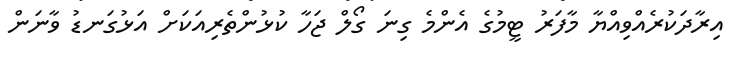
އިރާދަކުރެއްވިއްޔާ މާފަރު ޓީމުގެ އެންމެ ގިނަ ގޯލް ޖަހާ ކުޅުންތެރިއަކަށް އަޅުގަނޑު ވާނަން